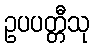
ဥပပတ္တီသု